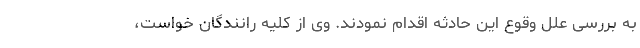
به بررسی علل وقوع این حادثه اقدام نمودند. وی از کلیه رانندگان خواست،